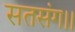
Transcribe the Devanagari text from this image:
सतसंग।।